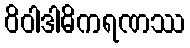
ဝိဝါဒါဓိကရဏဿ